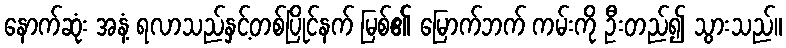
နောက်ဆုံး အနံ့ ရလာသည်နှင့်တစ်ပြိုင်နက် မြစ်၏ မြောက်ဘက် ကမ်းကို ဦးတည်၍ သွားသည်။